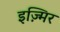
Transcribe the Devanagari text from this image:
इज़्मिर